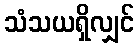
သံသယရှိလျှင်